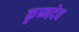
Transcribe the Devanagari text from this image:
कृष्‍णदेव